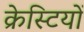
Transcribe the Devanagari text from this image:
क्रेस्टियों